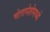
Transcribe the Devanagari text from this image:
चेतापेशेमध्ये